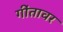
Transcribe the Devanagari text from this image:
गींतावर